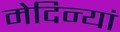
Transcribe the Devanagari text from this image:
मेदिन्यां